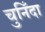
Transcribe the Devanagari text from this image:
चुनिँदा